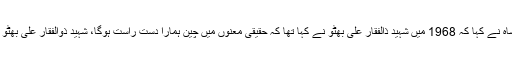
وزیر اعلی سندھ سید مراد علی شاہ نے کہا کہ 1968 میں شہید ذالفقار علی بھٹو نے کہا تھا کہ حقیقی معنوں میں چین ہمارا دست راست ہوگا، شہید ذوالفقار علی بھٹو کی کی بات آج سچ ثابت ہوگئی۔